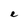
Character: e